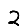
Digit: 2